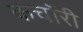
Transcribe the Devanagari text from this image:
कचॉरी